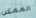
الممكن